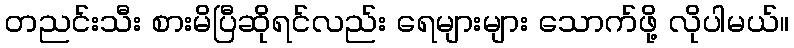
တညင်းသီး စားမိပြီဆိုရင်လည်း ရေများများ သောက်ဖို့ လိုပါမယ်။